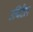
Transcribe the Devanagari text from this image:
उचिटैल